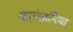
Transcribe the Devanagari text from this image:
कारंतानिया